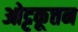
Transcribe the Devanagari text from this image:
ओट्टकूत्तन